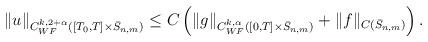
LaTeX: \begin{align*}\begin{aligned}\|u\|_{C^{k,2+\alpha}_{WF}([T_0,T]\times \bar S_{n,m})} &\leq C\left(\|g\|_{C^{k,\alpha}_{WF}([0,T]\times\bar S_{n,m})} + \|f\|_{C(\bar S_{n,m})} \right).\end{aligned}\end{align*}